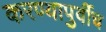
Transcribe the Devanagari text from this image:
करण्यापुर्वीच